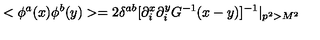
< \phi ^ { a } ( x ) \phi ^ { b } ( y ) > = 2 \delta ^ { a b } [ \partial _ { i } ^ { x } \partial _ { i } ^ { y } G ^ { - 1 } ( x - y ) ] ^ { - 1 } | _ { p ^ { 2 } > M ^ { 2 } }